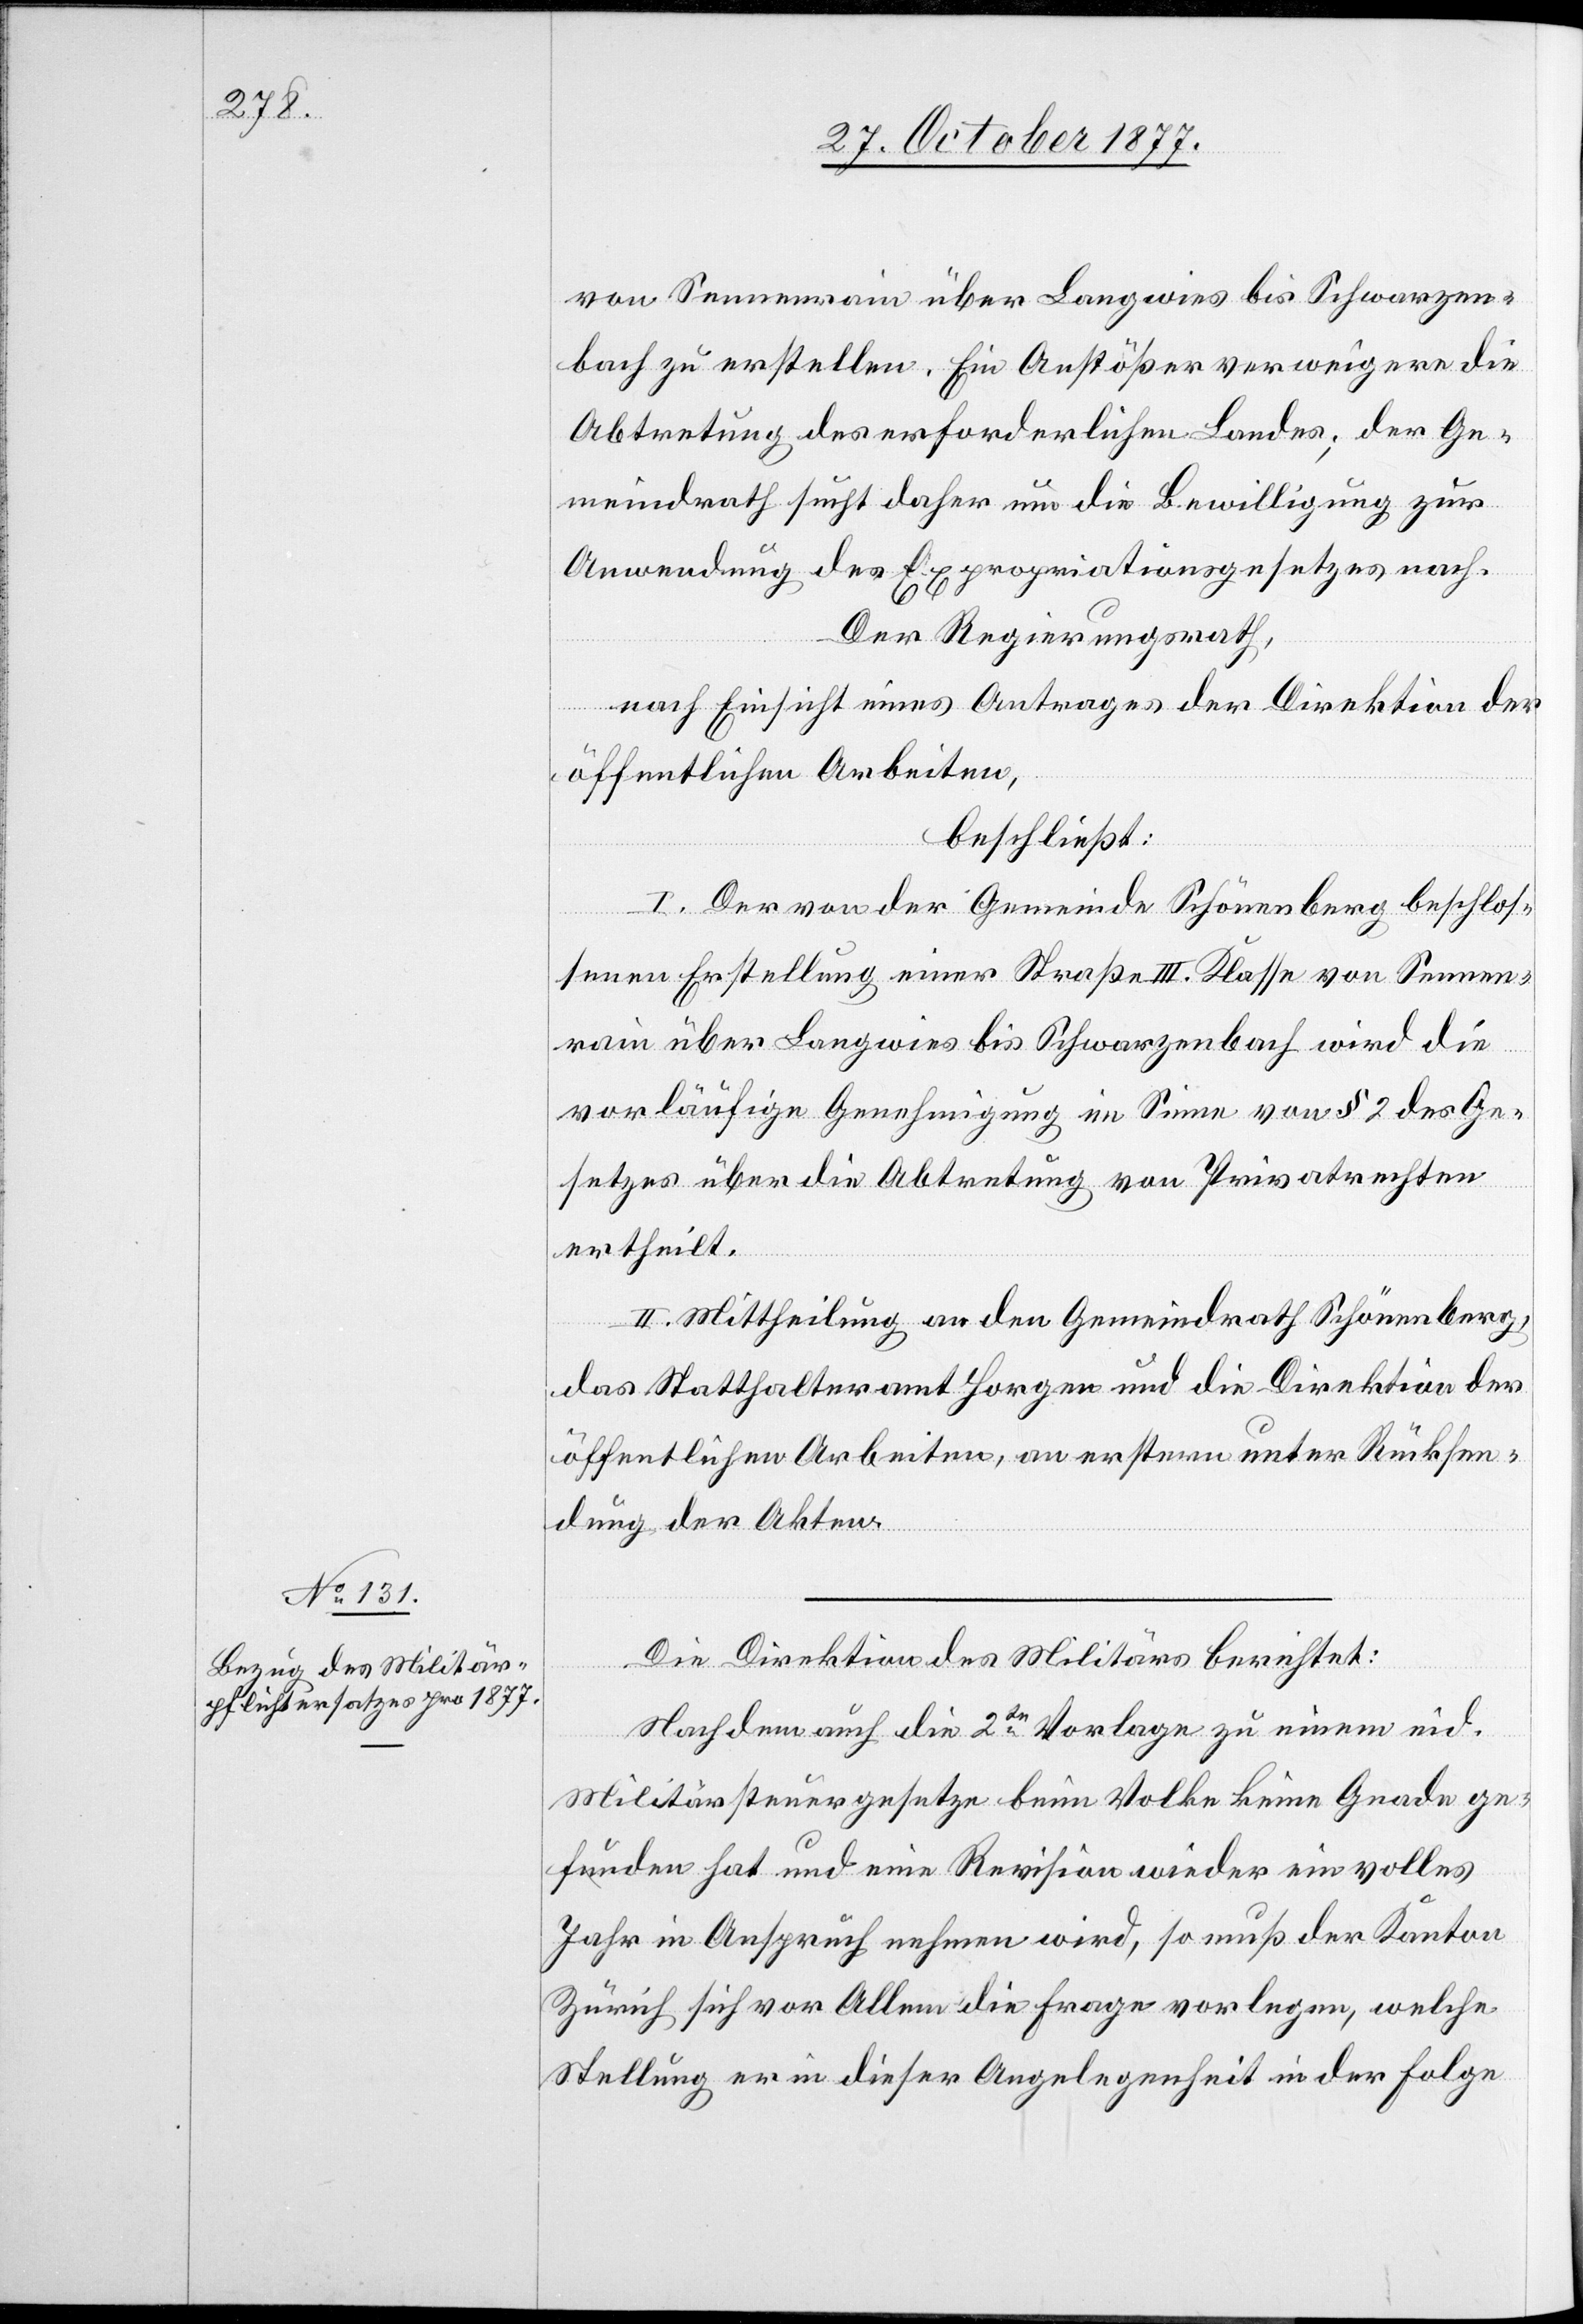
von Sennenrain über Langwies bis Schwarzen¬
bach zu erstellen. Ein Anstößer verweigere die
Abtretung des erforderlichen Landes; der Ge¬
meindrath sucht daher um die Bewilligung zur
Anwendung des Expropriationsgesetzes nach.
Der Regierungsrath,
nach Einsicht eines Antrages der Direktion der
öffentlichen Arbeiten,
beschließt:
I. Der von der Gemeinde Schönenberg beschlos¬
senen Erstellung einer Straße III. Klasse von Sennen¬
rain über Langwies bis Schwarzenbach wird die
vorläufige Genehmigung im Sinne von § 2 des Ge¬
setzes über die Abtretung von Privatrechten
ertheilt.
II. Mittheilung an den Gemeindrath Schönenberg,
das Statthalteramt Horgen und die Direktion der
öffentlichen Arbeiten, an erstern unter Rücksen¬
dung der Akten.
Die Direktion des Militärs berichtet:
Nachdem auch die 2te Vorlage zu einem eid.
Militärsteuergesetze beim Volke keine Gnade ge¬
funden hat und eine Revision wieder ein volles
Jahr in Anspruch nehmen wird, so muß der Kanton
Zürich sich vor Allem die Frage vorlegen, welche
Stellung er in dieser Angelegenheit in der Folge